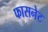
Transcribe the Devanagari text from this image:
फासनेट